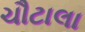
ચૌટાલા